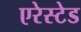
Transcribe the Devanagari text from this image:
एरेस्टेड